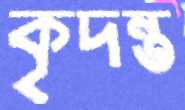
কৃদন্ত